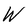
Character: W